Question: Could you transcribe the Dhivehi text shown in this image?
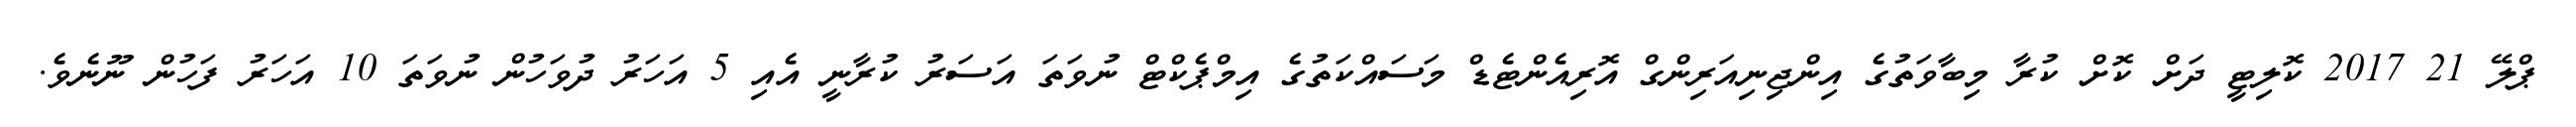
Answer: ޕްލޭ 21 2017 ކޮލިޓީ ދަށް ކޮށް ކުރާ މިބާވަތުގެ އިންޖިނިއަރިންގް އޮރިއެންޓެޑް މަސައްކަތުގެ އިމްޕެކްޓް ނުވަތަ އަސަރު ކުރާނީ އެއި 5 އަހަރު ދުވަހުން ނުވަތަ 10 އަހަރު ފަހުން ނޫނެވެ.